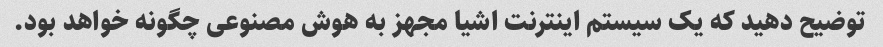
توضیح دهید که یک سیستم اینترنت اشیا مجهز به هوش مصنوعی چگونه خواهد بود.